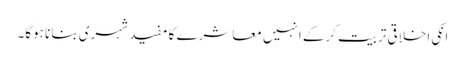
انکی اخلاقی تربیت کرکے انہیں معاشرے کا مفید شہری بنانا ہوگا۔